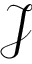
\mathcal { J }